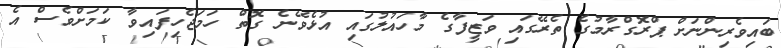
ބައިވެރިންނަށް ޕްރޮގްރާމުގެ ތެރޭގައި ވަޒީފާގެ މާހައުލުގައި އުޅެވޭނެ ގޮތް ހަމަޖެހިފައިވާ ކަމަށްވެސް އެ